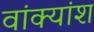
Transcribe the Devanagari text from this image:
वांक्यांश